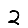
Digit: 2